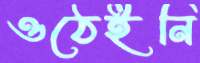
ওঠেইনি